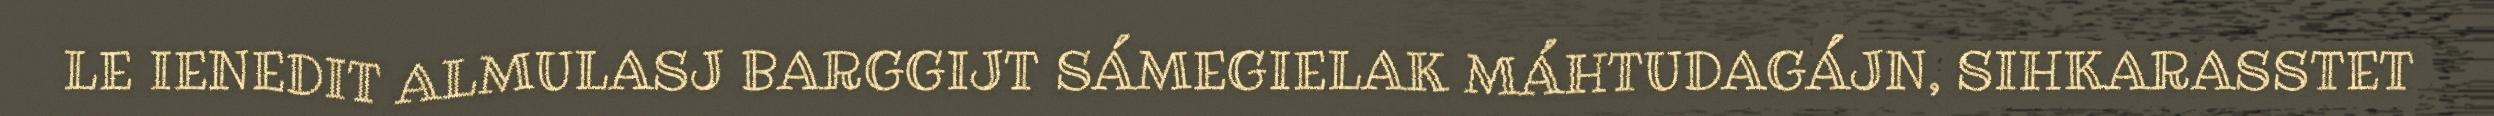
LE IENEDIT ALMULASJ BARGGIJT SÁMEGIELAK MÁHTUDAGÁJN, SIHKARASSTET